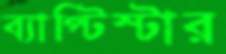
ব্যাপ্টিস্টার